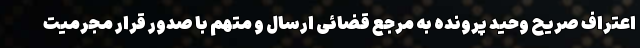
اعتراف صریح وحید پرونده به مرجع قضائی ارسال و متهم با صدور قرار مجرمیت